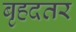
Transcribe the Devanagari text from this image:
बृहदतर